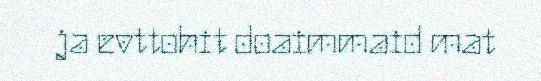
ja evttohit doaimmaid mat